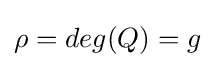
\rho =deg(Q)=g